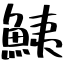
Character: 鮧